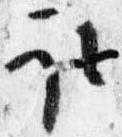
取